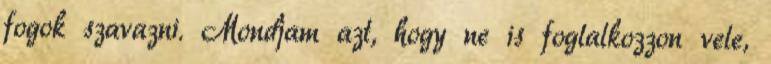
fogok szavazni. Mondjam azt, hogy ne is foglalkozzon vele,